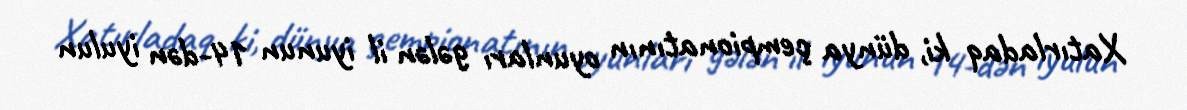
Xatırladaq ki, dünya çempionatının oyunları gələn il iyunun 14-dən iyulun